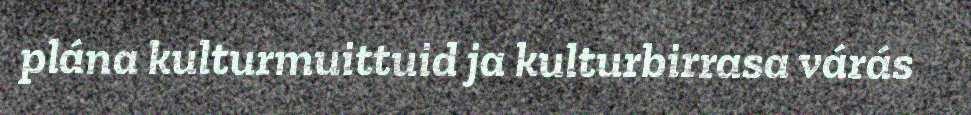
plána kulturmuittuid ja kulturbirrasa várás